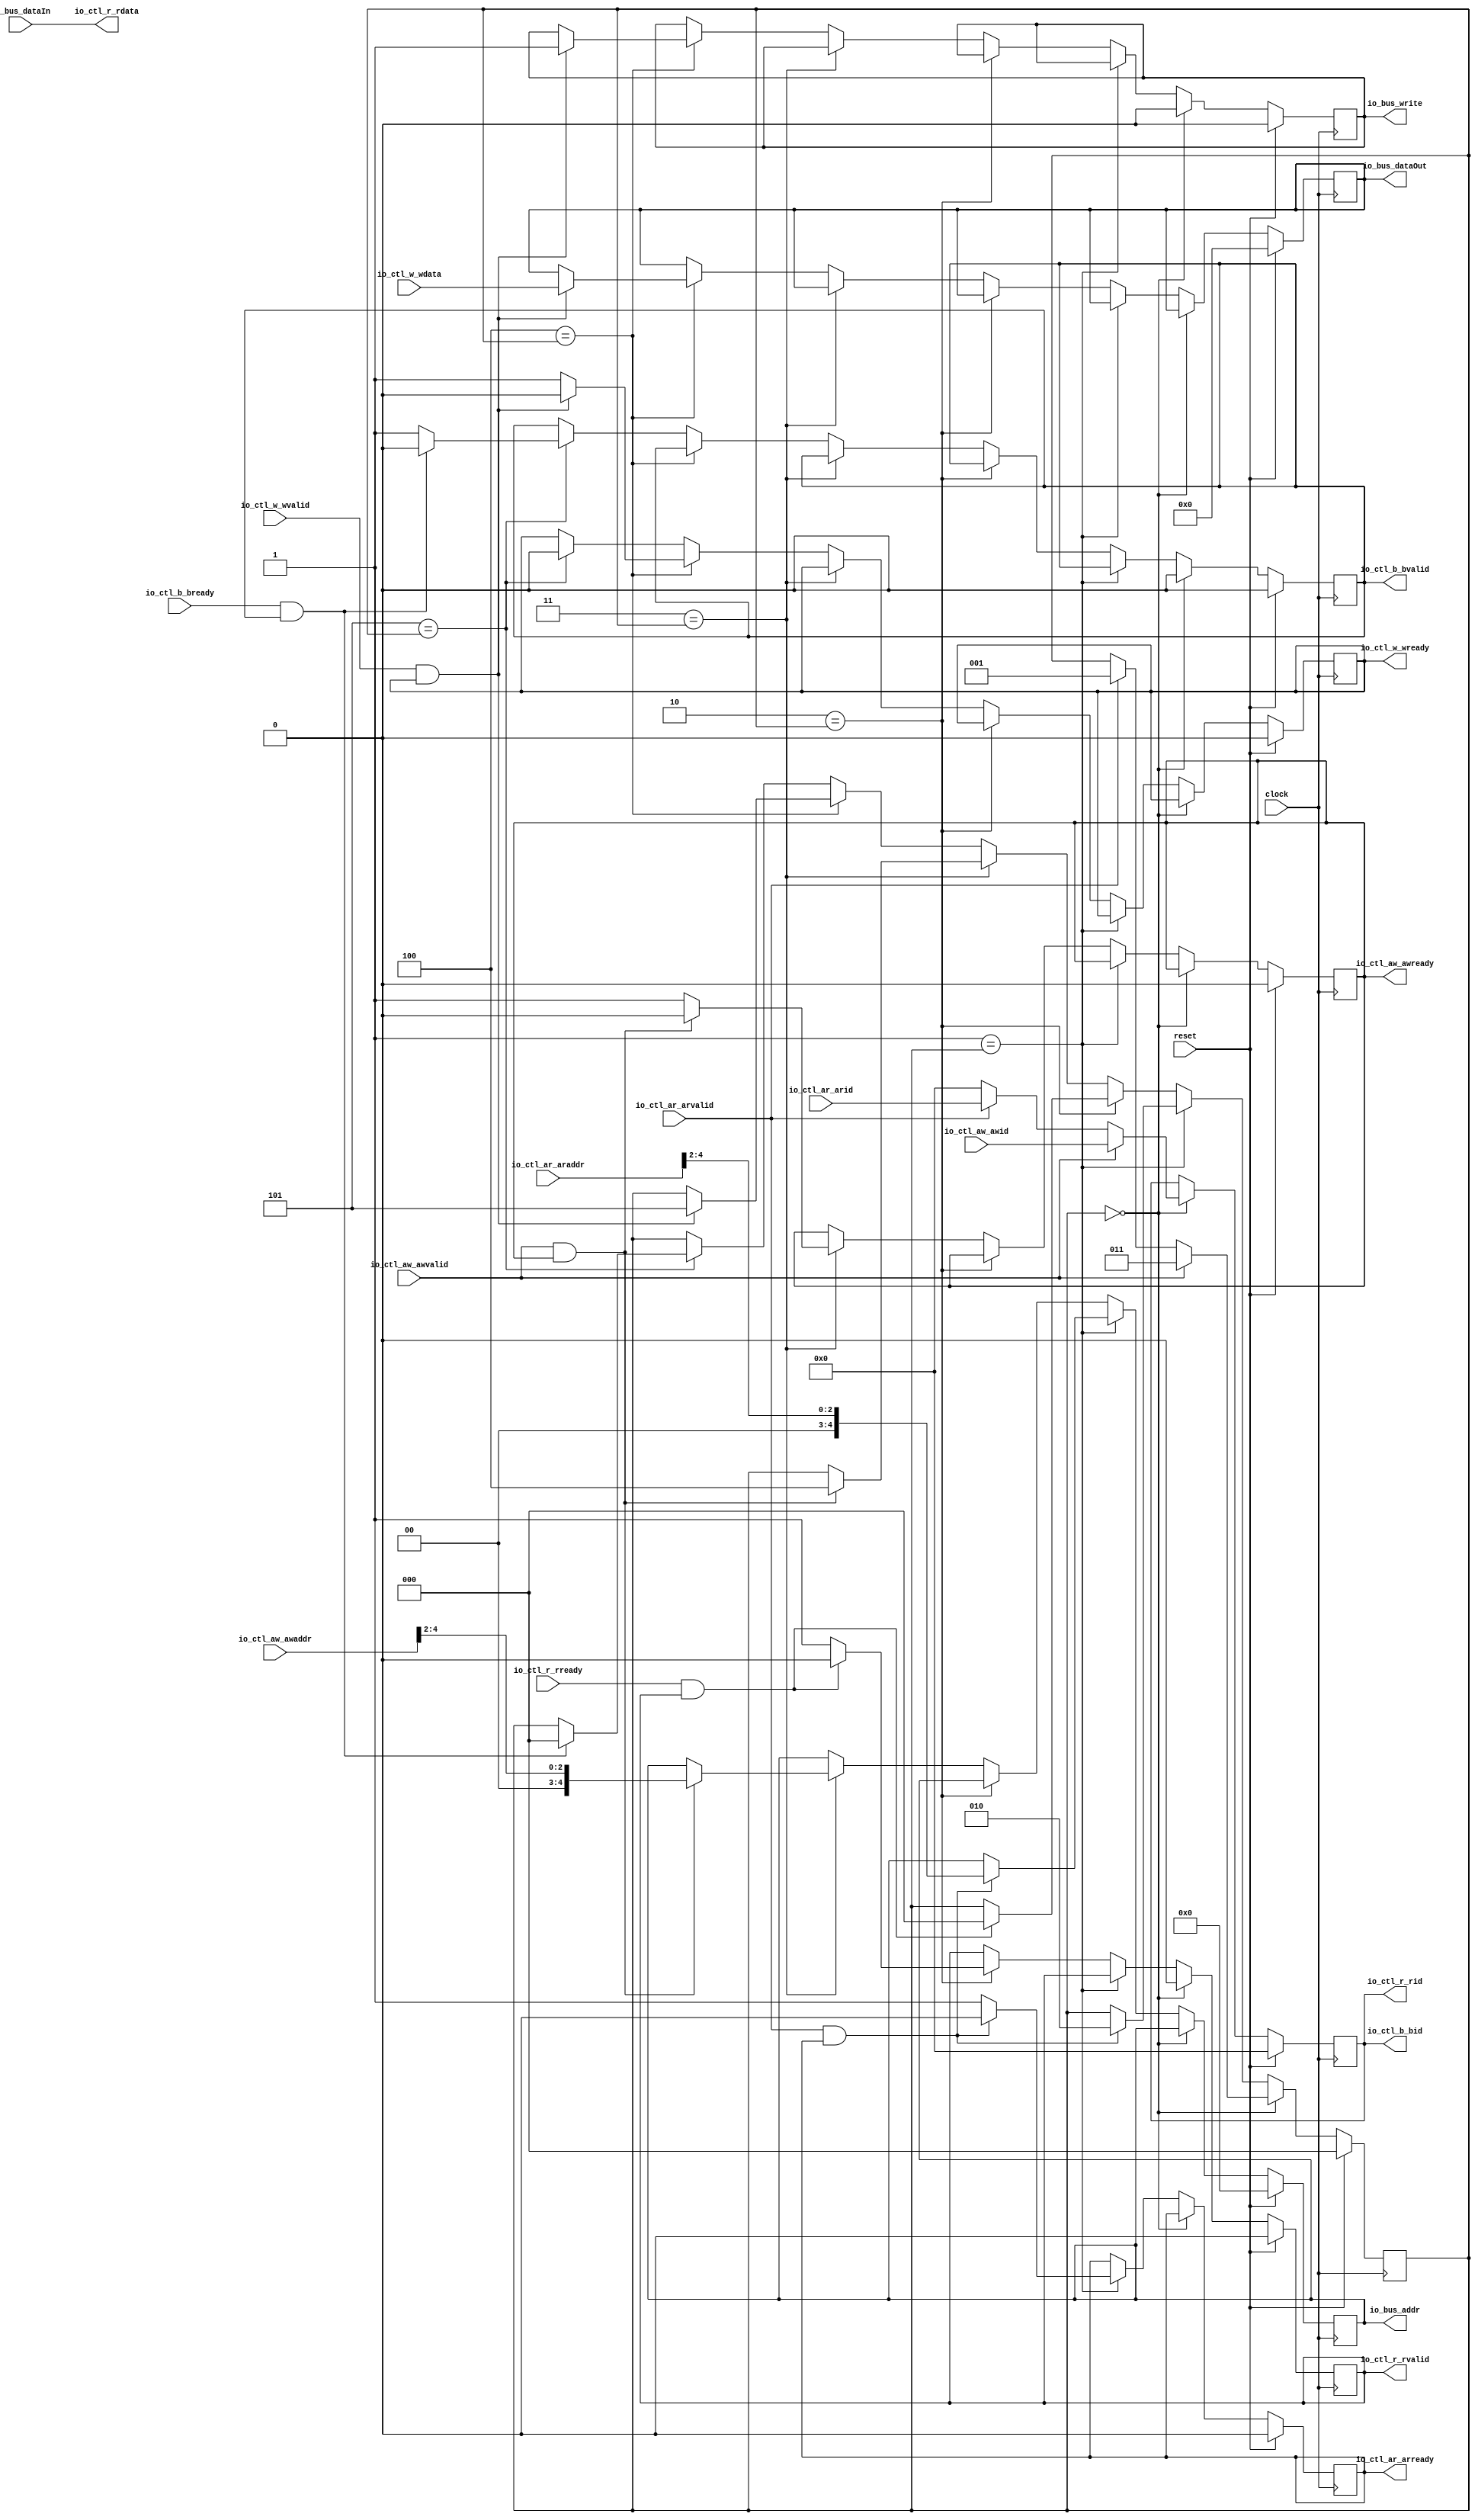
module AXI4LiteCSR( // @[:@3.2]
  input         clock, // @[:@4.4]
  input         reset, // @[:@5.4]
  input  [4:0]  io_ctl_aw_awaddr, // @[:@6.4]
  input         io_ctl_aw_awvalid, // @[:@6.4]
  output        io_ctl_aw_awready, // @[:@6.4]
  input  [11:0] io_ctl_aw_awid, // @[:@6.4]
  input  [31:0] io_ctl_w_wdata, // @[:@6.4]
  input         io_ctl_w_wvalid, // @[:@6.4]
  output        io_ctl_w_wready, // @[:@6.4]
  output        io_ctl_b_bvalid, // @[:@6.4]
  input         io_ctl_b_bready, // @[:@6.4]
  output [11:0] io_ctl_b_bid, // @[:@6.4]
  input  [4:0]  io_ctl_ar_araddr, // @[:@6.4]
  input         io_ctl_ar_arvalid, // @[:@6.4]
  output        io_ctl_ar_arready, // @[:@6.4]
  input  [11:0] io_ctl_ar_arid, // @[:@6.4]
  output [31:0] io_ctl_r_rdata, // @[:@6.4]
  output        io_ctl_r_rvalid, // @[:@6.4]
  input         io_ctl_r_rready, // @[:@6.4]
  output [11:0] io_ctl_r_rid, // @[:@6.4]
  output [4:0]  io_bus_addr, // @[:@6.4]
  output [31:0] io_bus_dataOut, // @[:@6.4]
  input  [31:0] io_bus_dataIn, // @[:@6.4]
  output        io_bus_write // @[:@6.4]
);
  reg [2:0] state; // @[AXI4LiteCSR.scala 36:22:@8.4]
  reg [31:0] _RAND_0;
  reg  awready; // @[AXI4LiteCSR.scala 38:24:@9.4]
  reg [31:0] _RAND_1;
  reg  wready; // @[AXI4LiteCSR.scala 39:23:@10.4]
  reg [31:0] _RAND_2;
  reg  bvalid; // @[AXI4LiteCSR.scala 40:23:@11.4]
  reg [31:0] _RAND_3;
  reg  arready; // @[AXI4LiteCSR.scala 43:24:@14.4]
  reg [31:0] _RAND_4;
  reg  rvalid; // @[AXI4LiteCSR.scala 44:23:@15.4]
  reg [31:0] _RAND_5;
  reg [4:0] addr; // @[AXI4LiteCSR.scala 47:21:@18.4]
  reg [31:0] _RAND_6;
  reg  write; // @[AXI4LiteCSR.scala 50:22:@20.4]
  reg [31:0] _RAND_7;
  reg [31:0] dataOut; // @[AXI4LiteCSR.scala 51:24:@21.4]
  reg [31:0] _RAND_8;
  reg [11:0] transaction_id; // @[AXI4LiteCSR.scala 53:31:@22.4]
  reg [31:0] _RAND_9;
  wire  _T_138; // @[Conditional.scala 37:30:@37.4]
  wire [2:0] _GEN_0; // @[AXI4LiteCSR.scala 83:36:@49.8]
  wire [11:0] _GEN_1; // @[AXI4LiteCSR.scala 83:36:@49.8]
  wire [2:0] _GEN_2; // @[AXI4LiteCSR.scala 80:30:@44.6]
  wire [11:0] _GEN_3; // @[AXI4LiteCSR.scala 80:30:@44.6]
  wire  _T_144; // @[Conditional.scala 37:30:@55.6]
  wire  _T_146; // @[AXI4LiteCSR.scala 90:30:@58.8]
  wire [2:0] _T_147; // @[AXI4LiteCSR.scala 92:33:@61.10]
  wire [2:0] _GEN_4; // @[AXI4LiteCSR.scala 90:41:@59.8]
  wire [4:0] _GEN_5; // @[AXI4LiteCSR.scala 90:41:@59.8]
  wire  _GEN_7; // @[AXI4LiteCSR.scala 90:41:@59.8]
  wire  _T_150; // @[Conditional.scala 37:30:@68.8]
  wire  _T_152; // @[AXI4LiteCSR.scala 99:28:@71.10]
  wire [2:0] _GEN_8; // @[AXI4LiteCSR.scala 99:38:@72.10]
  wire  _GEN_9; // @[AXI4LiteCSR.scala 99:38:@72.10]
  wire  _T_154; // @[Conditional.scala 37:30:@78.10]
  wire  _T_156; // @[AXI4LiteCSR.scala 106:30:@81.12]
  wire [2:0] _T_157; // @[AXI4LiteCSR.scala 107:33:@83.14]
  wire [4:0] _GEN_10; // @[AXI4LiteCSR.scala 106:41:@82.12]
  wire [2:0] _GEN_11; // @[AXI4LiteCSR.scala 106:41:@82.12]
  wire  _GEN_12; // @[AXI4LiteCSR.scala 106:41:@82.12]
  wire  _T_159; // @[Conditional.scala 37:30:@90.12]
  wire  _T_161; // @[AXI4LiteCSR.scala 114:28:@93.14]
  wire [2:0] _GEN_13; // @[AXI4LiteCSR.scala 114:38:@94.14]
  wire [31:0] _GEN_14; // @[AXI4LiteCSR.scala 114:38:@94.14]
  wire  _GEN_15; // @[AXI4LiteCSR.scala 114:38:@94.14]
  wire  _GEN_16; // @[AXI4LiteCSR.scala 114:38:@94.14]
  wire  _T_164; // @[Conditional.scala 37:30:@102.14]
  wire  _T_167; // @[AXI4LiteCSR.scala 124:28:@106.16]
  wire [2:0] _GEN_17; // @[AXI4LiteCSR.scala 124:38:@107.16]
  wire  _GEN_18; // @[AXI4LiteCSR.scala 124:38:@107.16]
  wire  _GEN_19; // @[Conditional.scala 39:67:@103.14]
  wire  _GEN_20; // @[Conditional.scala 39:67:@103.14]
  wire [2:0] _GEN_21; // @[Conditional.scala 39:67:@103.14]
  wire  _GEN_22; // @[Conditional.scala 39:67:@91.12]
  wire [2:0] _GEN_23; // @[Conditional.scala 39:67:@91.12]
  wire [31:0] _GEN_24; // @[Conditional.scala 39:67:@91.12]
  wire  _GEN_25; // @[Conditional.scala 39:67:@91.12]
  wire  _GEN_26; // @[Conditional.scala 39:67:@91.12]
  wire  _GEN_27; // @[Conditional.scala 39:67:@79.10]
  wire [4:0] _GEN_28; // @[Conditional.scala 39:67:@79.10]
  wire [2:0] _GEN_29; // @[Conditional.scala 39:67:@79.10]
  wire  _GEN_30; // @[Conditional.scala 39:67:@79.10]
  wire [31:0] _GEN_31; // @[Conditional.scala 39:67:@79.10]
  wire  _GEN_32; // @[Conditional.scala 39:67:@79.10]
  wire  _GEN_33; // @[Conditional.scala 39:67:@79.10]
  wire  _GEN_34; // @[Conditional.scala 39:67:@69.8]
  wire [2:0] _GEN_35; // @[Conditional.scala 39:67:@69.8]
  wire  _GEN_36; // @[Conditional.scala 39:67:@69.8]
  wire [4:0] _GEN_37; // @[Conditional.scala 39:67:@69.8]
  wire  _GEN_38; // @[Conditional.scala 39:67:@69.8]
  wire [31:0] _GEN_39; // @[Conditional.scala 39:67:@69.8]
  wire  _GEN_40; // @[Conditional.scala 39:67:@69.8]
  wire  _GEN_41; // @[Conditional.scala 39:67:@69.8]
  wire  _GEN_42; // @[Conditional.scala 39:67:@56.6]
  wire [2:0] _GEN_43; // @[Conditional.scala 39:67:@56.6]
  wire [4:0] _GEN_44; // @[Conditional.scala 39:67:@56.6]
  wire  _GEN_46; // @[Conditional.scala 39:67:@56.6]
  wire  _GEN_47; // @[Conditional.scala 39:67:@56.6]
  wire  _GEN_48; // @[Conditional.scala 39:67:@56.6]
  wire [31:0] _GEN_49; // @[Conditional.scala 39:67:@56.6]
  wire  _GEN_50; // @[Conditional.scala 39:67:@56.6]
  wire  _GEN_51; // @[Conditional.scala 39:67:@56.6]
  wire  _GEN_52; // @[Conditional.scala 40:58:@38.4]
  wire  _GEN_53; // @[Conditional.scala 40:58:@38.4]
  wire  _GEN_55; // @[Conditional.scala 40:58:@38.4]
  wire [11:0] _GEN_56; // @[Conditional.scala 40:58:@38.4]
  wire [2:0] _GEN_57; // @[Conditional.scala 40:58:@38.4]
  wire  _GEN_58; // @[Conditional.scala 40:58:@38.4]
  wire [4:0] _GEN_59; // @[Conditional.scala 40:58:@38.4]
  wire  _GEN_60; // @[Conditional.scala 40:58:@38.4]
  wire  _GEN_61; // @[Conditional.scala 40:58:@38.4]
  wire [31:0] _GEN_62; // @[Conditional.scala 40:58:@38.4]
  assign _T_138 = 3'h0 == state; // @[Conditional.scala 37:30:@37.4]
  assign _GEN_0 = io_ctl_ar_arvalid ? 3'h1 : state; // @[AXI4LiteCSR.scala 83:36:@49.8]
  assign _GEN_1 = io_ctl_ar_arvalid ? io_ctl_ar_arid : 12'h0; // @[AXI4LiteCSR.scala 83:36:@49.8]
  assign _GEN_2 = io_ctl_aw_awvalid ? 3'h3 : _GEN_0; // @[AXI4LiteCSR.scala 80:30:@44.6]
  assign _GEN_3 = io_ctl_aw_awvalid ? io_ctl_aw_awid : _GEN_1; // @[AXI4LiteCSR.scala 80:30:@44.6]
  assign _T_144 = 3'h1 == state; // @[Conditional.scala 37:30:@55.6]
  assign _T_146 = io_ctl_ar_arvalid & arready; // @[AXI4LiteCSR.scala 90:30:@58.8]
  assign _T_147 = io_ctl_ar_araddr[4:2]; // @[AXI4LiteCSR.scala 92:33:@61.10]
  assign _GEN_4 = _T_146 ? 3'h2 : state; // @[AXI4LiteCSR.scala 90:41:@59.8]
  assign _GEN_5 = _T_146 ? {{2'd0}, _T_147} : addr; // @[AXI4LiteCSR.scala 90:41:@59.8]
  assign _GEN_7 = _T_146 ? 1'h0 : 1'h1; // @[AXI4LiteCSR.scala 90:41:@59.8]
  assign _T_150 = 3'h2 == state; // @[Conditional.scala 37:30:@68.8]
  assign _T_152 = io_ctl_r_rready & rvalid; // @[AXI4LiteCSR.scala 99:28:@71.10]
  assign _GEN_8 = _T_152 ? 3'h0 : state; // @[AXI4LiteCSR.scala 99:38:@72.10]
  assign _GEN_9 = _T_152 ? 1'h0 : 1'h1; // @[AXI4LiteCSR.scala 99:38:@72.10]
  assign _T_154 = 3'h3 == state; // @[Conditional.scala 37:30:@78.10]
  assign _T_156 = io_ctl_aw_awvalid & awready; // @[AXI4LiteCSR.scala 106:30:@81.12]
  assign _T_157 = io_ctl_aw_awaddr[4:2]; // @[AXI4LiteCSR.scala 107:33:@83.14]
  assign _GEN_10 = _T_156 ? {{2'd0}, _T_157} : addr; // @[AXI4LiteCSR.scala 106:41:@82.12]
  assign _GEN_11 = _T_156 ? 3'h4 : state; // @[AXI4LiteCSR.scala 106:41:@82.12]
  assign _GEN_12 = _T_156 ? 1'h0 : 1'h1; // @[AXI4LiteCSR.scala 106:41:@82.12]
  assign _T_159 = 3'h4 == state; // @[Conditional.scala 37:30:@90.12]
  assign _T_161 = io_ctl_w_wvalid & wready; // @[AXI4LiteCSR.scala 114:28:@93.14]
  assign _GEN_13 = _T_161 ? 3'h5 : state; // @[AXI4LiteCSR.scala 114:38:@94.14]
  assign _GEN_14 = _T_161 ? io_ctl_w_wdata : dataOut; // @[AXI4LiteCSR.scala 114:38:@94.14]
  assign _GEN_15 = _T_161 ? 1'h1 : write; // @[AXI4LiteCSR.scala 114:38:@94.14]
  assign _GEN_16 = _T_161 ? 1'h0 : 1'h1; // @[AXI4LiteCSR.scala 114:38:@94.14]
  assign _T_164 = 3'h5 == state; // @[Conditional.scala 37:30:@102.14]
  assign _T_167 = io_ctl_b_bready & bvalid; // @[AXI4LiteCSR.scala 124:28:@106.16]
  assign _GEN_17 = _T_167 ? 3'h0 : state; // @[AXI4LiteCSR.scala 124:38:@107.16]
  assign _GEN_18 = _T_167 ? 1'h0 : 1'h1; // @[AXI4LiteCSR.scala 124:38:@107.16]
  assign _GEN_19 = _T_164 ? 1'h0 : wready; // @[Conditional.scala 39:67:@103.14]
  assign _GEN_20 = _T_164 ? _GEN_18 : bvalid; // @[Conditional.scala 39:67:@103.14]
  assign _GEN_21 = _T_164 ? _GEN_17 : state; // @[Conditional.scala 39:67:@103.14]
  assign _GEN_22 = _T_159 ? _GEN_16 : _GEN_19; // @[Conditional.scala 39:67:@91.12]
  assign _GEN_23 = _T_159 ? _GEN_13 : _GEN_21; // @[Conditional.scala 39:67:@91.12]
  assign _GEN_24 = _T_159 ? _GEN_14 : dataOut; // @[Conditional.scala 39:67:@91.12]
  assign _GEN_25 = _T_159 ? _GEN_15 : write; // @[Conditional.scala 39:67:@91.12]
  assign _GEN_26 = _T_159 ? bvalid : _GEN_20; // @[Conditional.scala 39:67:@91.12]
  assign _GEN_27 = _T_154 ? _GEN_12 : awready; // @[Conditional.scala 39:67:@79.10]
  assign _GEN_28 = _T_154 ? _GEN_10 : addr; // @[Conditional.scala 39:67:@79.10]
  assign _GEN_29 = _T_154 ? _GEN_11 : _GEN_23; // @[Conditional.scala 39:67:@79.10]
  assign _GEN_30 = _T_154 ? wready : _GEN_22; // @[Conditional.scala 39:67:@79.10]
  assign _GEN_31 = _T_154 ? dataOut : _GEN_24; // @[Conditional.scala 39:67:@79.10]
  assign _GEN_32 = _T_154 ? write : _GEN_25; // @[Conditional.scala 39:67:@79.10]
  assign _GEN_33 = _T_154 ? bvalid : _GEN_26; // @[Conditional.scala 39:67:@79.10]
  assign _GEN_34 = _T_150 ? _GEN_9 : rvalid; // @[Conditional.scala 39:67:@69.8]
  assign _GEN_35 = _T_150 ? _GEN_8 : _GEN_29; // @[Conditional.scala 39:67:@69.8]
  assign _GEN_36 = _T_150 ? awready : _GEN_27; // @[Conditional.scala 39:67:@69.8]
  assign _GEN_37 = _T_150 ? addr : _GEN_28; // @[Conditional.scala 39:67:@69.8]
  assign _GEN_38 = _T_150 ? wready : _GEN_30; // @[Conditional.scala 39:67:@69.8]
  assign _GEN_39 = _T_150 ? dataOut : _GEN_31; // @[Conditional.scala 39:67:@69.8]
  assign _GEN_40 = _T_150 ? write : _GEN_32; // @[Conditional.scala 39:67:@69.8]
  assign _GEN_41 = _T_150 ? bvalid : _GEN_33; // @[Conditional.scala 39:67:@69.8]
  assign _GEN_42 = _T_144 ? _GEN_7 : arready; // @[Conditional.scala 39:67:@56.6]
  assign _GEN_43 = _T_144 ? _GEN_4 : _GEN_35; // @[Conditional.scala 39:67:@56.6]
  assign _GEN_44 = _T_144 ? _GEN_5 : _GEN_37; // @[Conditional.scala 39:67:@56.6]
  assign _GEN_46 = _T_144 ? rvalid : _GEN_34; // @[Conditional.scala 39:67:@56.6]
  assign _GEN_47 = _T_144 ? awready : _GEN_36; // @[Conditional.scala 39:67:@56.6]
  assign _GEN_48 = _T_144 ? wready : _GEN_38; // @[Conditional.scala 39:67:@56.6]
  assign _GEN_49 = _T_144 ? dataOut : _GEN_39; // @[Conditional.scala 39:67:@56.6]
  assign _GEN_50 = _T_144 ? write : _GEN_40; // @[Conditional.scala 39:67:@56.6]
  assign _GEN_51 = _T_144 ? bvalid : _GEN_41; // @[Conditional.scala 39:67:@56.6]
  assign _GEN_52 = _T_138 ? 1'h0 : _GEN_46; // @[Conditional.scala 40:58:@38.4]
  assign _GEN_53 = _T_138 ? 1'h0 : _GEN_51; // @[Conditional.scala 40:58:@38.4]
  assign _GEN_55 = _T_138 ? 1'h0 : _GEN_50; // @[Conditional.scala 40:58:@38.4]
  assign _GEN_56 = _T_138 ? _GEN_3 : transaction_id; // @[Conditional.scala 40:58:@38.4]
  assign _GEN_57 = _T_138 ? _GEN_2 : _GEN_43; // @[Conditional.scala 40:58:@38.4]
  assign _GEN_58 = _T_138 ? arready : _GEN_42; // @[Conditional.scala 40:58:@38.4]
  assign _GEN_59 = _T_138 ? addr : _GEN_44; // @[Conditional.scala 40:58:@38.4]
  assign _GEN_60 = _T_138 ? awready : _GEN_47; // @[Conditional.scala 40:58:@38.4]
  assign _GEN_61 = _T_138 ? wready : _GEN_48; // @[Conditional.scala 40:58:@38.4]
  assign _GEN_62 = _T_138 ? dataOut : _GEN_49; // @[Conditional.scala 40:58:@38.4]
  assign io_ctl_aw_awready = awready; // @[AXI4LiteCSR.scala 59:21:@26.4]
  assign io_ctl_w_wready = wready; // @[AXI4LiteCSR.scala 60:19:@27.4]
  assign io_ctl_b_bvalid = bvalid; // @[AXI4LiteCSR.scala 61:19:@28.4]
  assign io_ctl_b_bid = transaction_id; // @[AXI4LiteCSR.scala 63:16:@30.4]
  assign io_ctl_ar_arready = arready; // @[AXI4LiteCSR.scala 65:21:@31.4]
  assign io_ctl_r_rdata = io_bus_dataIn; // @[AXI4LiteCSR.scala 55:18:@23.4]
  assign io_ctl_r_rvalid = rvalid; // @[AXI4LiteCSR.scala 66:19:@32.4]
  assign io_ctl_r_rid = transaction_id; // @[AXI4LiteCSR.scala 56:16:@24.4]
  assign io_bus_addr = addr; // @[AXI4LiteCSR.scala 71:15:@36.4]
  assign io_bus_dataOut = dataOut; // @[AXI4LiteCSR.scala 57:18:@25.4]
  assign io_bus_write = write; // @[AXI4LiteCSR.scala 70:16:@35.4]
`ifdef RANDOMIZE_GARBAGE_ASSIGN
`define RANDOMIZE
`endif
`ifdef RANDOMIZE_INVALID_ASSIGN
`define RANDOMIZE
`endif
`ifdef RANDOMIZE_REG_INIT
`define RANDOMIZE
`endif
`ifdef RANDOMIZE_MEM_INIT
`define RANDOMIZE
`endif
`ifndef RANDOM
`define RANDOM $random
`endif
`ifdef RANDOMIZE
  integer initvar;
  initial begin
    `ifdef INIT_RANDOM
      `INIT_RANDOM
    `endif
    `ifndef VERILATOR
      #0.002 begin end
    `endif
  `ifdef RANDOMIZE_REG_INIT
  _RAND_0 = {1{`RANDOM}};
  state = _RAND_0[2:0];
  `endif // RANDOMIZE_REG_INIT
  `ifdef RANDOMIZE_REG_INIT
  _RAND_1 = {1{`RANDOM}};
  awready = _RAND_1[0:0];
  `endif // RANDOMIZE_REG_INIT
  `ifdef RANDOMIZE_REG_INIT
  _RAND_2 = {1{`RANDOM}};
  wready = _RAND_2[0:0];
  `endif // RANDOMIZE_REG_INIT
  `ifdef RANDOMIZE_REG_INIT
  _RAND_3 = {1{`RANDOM}};
  bvalid = _RAND_3[0:0];
  `endif // RANDOMIZE_REG_INIT
  `ifdef RANDOMIZE_REG_INIT
  _RAND_4 = {1{`RANDOM}};
  arready = _RAND_4[0:0];
  `endif // RANDOMIZE_REG_INIT
  `ifdef RANDOMIZE_REG_INIT
  _RAND_5 = {1{`RANDOM}};
  rvalid = _RAND_5[0:0];
  `endif // RANDOMIZE_REG_INIT
  `ifdef RANDOMIZE_REG_INIT
  _RAND_6 = {1{`RANDOM}};
  addr = _RAND_6[4:0];
  `endif // RANDOMIZE_REG_INIT
  `ifdef RANDOMIZE_REG_INIT
  _RAND_7 = {1{`RANDOM}};
  write = _RAND_7[0:0];
  `endif // RANDOMIZE_REG_INIT
  `ifdef RANDOMIZE_REG_INIT
  _RAND_8 = {1{`RANDOM}};
  dataOut = _RAND_8[31:0];
  `endif // RANDOMIZE_REG_INIT
  `ifdef RANDOMIZE_REG_INIT
  _RAND_9 = {1{`RANDOM}};
  transaction_id = _RAND_9[11:0];
  `endif // RANDOMIZE_REG_INIT
  end
`endif // RANDOMIZE
  always @(posedge clock) begin
    if (reset) begin
      state <= 3'h0;
    end else begin
      if (_T_138) begin
        if (io_ctl_aw_awvalid) begin
          state <= 3'h3;
        end else begin
          if (io_ctl_ar_arvalid) begin
            state <= 3'h1;
          end
        end
      end else begin
        if (_T_144) begin
          if (_T_146) begin
            state <= 3'h2;
          end
        end else begin
          if (_T_150) begin
            if (_T_152) begin
              state <= 3'h0;
            end
          end else begin
            if (_T_154) begin
              if (_T_156) begin
                state <= 3'h4;
              end
            end else begin
              if (_T_159) begin
                if (_T_161) begin
                  state <= 3'h5;
                end
              end else begin
                if (_T_164) begin
                  if (_T_167) begin
                    state <= 3'h0;
                  end
                end
              end
            end
          end
        end
      end
    end
    if (reset) begin
      awready <= 1'h0;
    end else begin
      if (!(_T_138)) begin
        if (!(_T_144)) begin
          if (!(_T_150)) begin
            if (_T_154) begin
              if (_T_156) begin
                awready <= 1'h0;
              end else begin
                awready <= 1'h1;
              end
            end
          end
        end
      end
    end
    if (reset) begin
      wready <= 1'h0;
    end else begin
      if (!(_T_138)) begin
        if (!(_T_144)) begin
          if (!(_T_150)) begin
            if (!(_T_154)) begin
              if (_T_159) begin
                if (_T_161) begin
                  wready <= 1'h0;
                end else begin
                  wready <= 1'h1;
                end
              end else begin
                if (_T_164) begin
                  wready <= 1'h0;
                end
              end
            end
          end
        end
      end
    end
    if (reset) begin
      bvalid <= 1'h0;
    end else begin
      if (_T_138) begin
        bvalid <= 1'h0;
      end else begin
        if (!(_T_144)) begin
          if (!(_T_150)) begin
            if (!(_T_154)) begin
              if (!(_T_159)) begin
                if (_T_164) begin
                  if (_T_167) begin
                    bvalid <= 1'h0;
                  end else begin
                    bvalid <= 1'h1;
                  end
                end
              end
            end
          end
        end
      end
    end
    if (reset) begin
      arready <= 1'h0;
    end else begin
      if (!(_T_138)) begin
        if (_T_144) begin
          if (_T_146) begin
            arready <= 1'h0;
          end else begin
            arready <= 1'h1;
          end
        end
      end
    end
    if (reset) begin
      rvalid <= 1'h0;
    end else begin
      if (_T_138) begin
        rvalid <= 1'h0;
      end else begin
        if (!(_T_144)) begin
          if (_T_150) begin
            if (_T_152) begin
              rvalid <= 1'h0;
            end else begin
              rvalid <= 1'h1;
            end
          end
        end
      end
    end
    if (reset) begin
      addr <= 5'h0;
    end else begin
      if (!(_T_138)) begin
        if (_T_144) begin
          if (_T_146) begin
            addr <= {{2'd0}, _T_147};
          end
        end else begin
          if (!(_T_150)) begin
            if (_T_154) begin
              if (_T_156) begin
                addr <= {{2'd0}, _T_157};
              end
            end
          end
        end
      end
    end
    if (reset) begin
      write <= 1'h0;
    end else begin
      if (_T_138) begin
        write <= 1'h0;
      end else begin
        if (!(_T_144)) begin
          if (!(_T_150)) begin
            if (!(_T_154)) begin
              if (_T_159) begin
                if (_T_161) begin
                  write <= 1'h1;
                end
              end
            end
          end
        end
      end
    end
    if (reset) begin
      dataOut <= 32'h0;
    end else begin
      if (!(_T_138)) begin
        if (!(_T_144)) begin
          if (!(_T_150)) begin
            if (!(_T_154)) begin
              if (_T_159) begin
                if (_T_161) begin
                  dataOut <= io_ctl_w_wdata;
                end
              end
            end
          end
        end
      end
    end
    if (reset) begin
      transaction_id <= 12'h0;
    end else begin
      if (_T_138) begin
        if (io_ctl_aw_awvalid) begin
          transaction_id <= io_ctl_aw_awid;
        end else begin
          if (io_ctl_ar_arvalid) begin
            transaction_id <= io_ctl_ar_arid;
          end else begin
            transaction_id <= 12'h0;
          end
        end
      end
    end
  end
endmodule
module AxiPeriph( // @[:@113.2]
  input         clock, // @[:@114.4]
  input         reset, // @[:@115.4]
  input  [4:0]  io_axi_s0_aw_awaddr, // @[:@116.4]
  input  [2:0]  io_axi_s0_aw_awprot, // @[:@116.4]
  input         io_axi_s0_aw_awvalid, // @[:@116.4]
  output        io_axi_s0_aw_awready, // @[:@116.4]
  input  [11:0] io_axi_s0_aw_awid, // @[:@116.4]
  input  [31:0] io_axi_s0_w_wdata, // @[:@116.4]
  input  [3:0]  io_axi_s0_w_wstrb, // @[:@116.4]
  input         io_axi_s0_w_wvalid, // @[:@116.4]
  output        io_axi_s0_w_wready, // @[:@116.4]
  input  [11:0] io_axi_s0_w_wid, // @[:@116.4]
  output [1:0]  io_axi_s0_b_bresp, // @[:@116.4]
  output        io_axi_s0_b_bvalid, // @[:@116.4]
  input         io_axi_s0_b_bready, // @[:@116.4]
  output [11:0] io_axi_s0_b_bid, // @[:@116.4]
  input  [4:0]  io_axi_s0_ar_araddr, // @[:@116.4]
  input  [2:0]  io_axi_s0_ar_arprot, // @[:@116.4]
  input         io_axi_s0_ar_arvalid, // @[:@116.4]
  output        io_axi_s0_ar_arready, // @[:@116.4]
  input  [11:0] io_axi_s0_ar_arid, // @[:@116.4]
  output [31:0] io_axi_s0_r_rdata, // @[:@116.4]
  output [1:0]  io_axi_s0_r_rresp, // @[:@116.4]
  output        io_axi_s0_r_rvalid, // @[:@116.4]
  input         io_axi_s0_r_rready, // @[:@116.4]
  output [11:0] io_axi_s0_r_rid, // @[:@116.4]
  output [1:0]  io_leds, // @[:@116.4]
  output        io_irqOut // @[:@116.4]
);
  wire  slaveInterface_clock; // @[Axi.scala 37:32:@128.4]
  wire  slaveInterface_reset; // @[Axi.scala 37:32:@128.4]
  wire [4:0] slaveInterface_io_ctl_aw_awaddr; // @[Axi.scala 37:32:@128.4]
  wire  slaveInterface_io_ctl_aw_awvalid; // @[Axi.scala 37:32:@128.4]
  wire  slaveInterface_io_ctl_aw_awready; // @[Axi.scala 37:32:@128.4]
  wire [11:0] slaveInterface_io_ctl_aw_awid; // @[Axi.scala 37:32:@128.4]
  wire [31:0] slaveInterface_io_ctl_w_wdata; // @[Axi.scala 37:32:@128.4]
  wire  slaveInterface_io_ctl_w_wvalid; // @[Axi.scala 37:32:@128.4]
  wire  slaveInterface_io_ctl_w_wready; // @[Axi.scala 37:32:@128.4]
  wire  slaveInterface_io_ctl_b_bvalid; // @[Axi.scala 37:32:@128.4]
  wire  slaveInterface_io_ctl_b_bready; // @[Axi.scala 37:32:@128.4]
  wire [11:0] slaveInterface_io_ctl_b_bid; // @[Axi.scala 37:32:@128.4]
  wire [4:0] slaveInterface_io_ctl_ar_araddr; // @[Axi.scala 37:32:@128.4]
  wire  slaveInterface_io_ctl_ar_arvalid; // @[Axi.scala 37:32:@128.4]
  wire  slaveInterface_io_ctl_ar_arready; // @[Axi.scala 37:32:@128.4]
  wire [11:0] slaveInterface_io_ctl_ar_arid; // @[Axi.scala 37:32:@128.4]
  wire [31:0] slaveInterface_io_ctl_r_rdata; // @[Axi.scala 37:32:@128.4]
  wire  slaveInterface_io_ctl_r_rvalid; // @[Axi.scala 37:32:@128.4]
  wire  slaveInterface_io_ctl_r_rready; // @[Axi.scala 37:32:@128.4]
  wire [11:0] slaveInterface_io_ctl_r_rid; // @[Axi.scala 37:32:@128.4]
  wire [4:0] slaveInterface_io_bus_addr; // @[Axi.scala 37:32:@128.4]
  wire [31:0] slaveInterface_io_bus_dataOut; // @[Axi.scala 37:32:@128.4]
  wire [31:0] slaveInterface_io_bus_dataIn; // @[Axi.scala 37:32:@128.4]
  wire  slaveInterface_io_bus_write; // @[Axi.scala 37:32:@128.4]
  reg [31:0] regs_0; // @[Axi.scala 36:23:@127.4]
  reg [31:0] _RAND_0;
  reg [31:0] regs_1; // @[Axi.scala 36:23:@127.4]
  reg [31:0] _RAND_1;
  reg [31:0] regs_2; // @[Axi.scala 36:23:@127.4]
  reg [31:0] _RAND_2;
  reg [31:0] regs_3; // @[Axi.scala 36:23:@127.4]
  reg [31:0] _RAND_3;
  reg [31:0] regs_4; // @[Axi.scala 36:23:@127.4]
  reg [31:0] _RAND_4;
  reg [31:0] regs_5; // @[Axi.scala 36:23:@127.4]
  reg [31:0] _RAND_5;
  reg [31:0] regs_6; // @[Axi.scala 36:23:@127.4]
  reg [31:0] _RAND_6;
  reg [31:0] regs_7; // @[Axi.scala 36:23:@127.4]
  reg [31:0] _RAND_7;
  wire [2:0] _T_182; // @[:@160.6]
  wire [31:0] _regs_T_182; // @[Axi.scala 47:40:@161.6 Axi.scala 47:40:@161.6]
  wire [31:0] _GEN_0; // @[Axi.scala 47:40:@161.6]
  wire [31:0] _GEN_1; // @[Axi.scala 47:40:@161.6]
  wire [31:0] _GEN_2; // @[Axi.scala 47:40:@161.6]
  wire [31:0] _GEN_3; // @[Axi.scala 47:40:@161.6]
  wire [31:0] _GEN_4; // @[Axi.scala 47:40:@161.6]
  wire [31:0] _GEN_5; // @[Axi.scala 47:40:@161.6]
  wire [31:0] _GEN_6; // @[Axi.scala 47:40:@161.6]
  wire [31:0] _GEN_7; // @[Axi.scala 47:40:@161.6]
  wire [31:0] _GEN_8; // @[Axi.scala 46:39:@159.4]
  wire [31:0] _GEN_9; // @[Axi.scala 46:39:@159.4]
  wire [31:0] _GEN_10; // @[Axi.scala 46:39:@159.4]
  wire [31:0] _GEN_11; // @[Axi.scala 46:39:@159.4]
  wire [31:0] _GEN_12; // @[Axi.scala 46:39:@159.4]
  wire [31:0] _GEN_13; // @[Axi.scala 46:39:@159.4]
  wire [31:0] _GEN_14; // @[Axi.scala 46:39:@159.4]
  wire [31:0] _GEN_15; // @[Axi.scala 46:39:@159.4]
  wire [31:0] _GEN_17; // @[Axi.scala 50:34:@164.4]
  wire [31:0] _GEN_18; // @[Axi.scala 50:34:@164.4]
  wire [31:0] _GEN_19; // @[Axi.scala 50:34:@164.4]
  wire [31:0] _GEN_20; // @[Axi.scala 50:34:@164.4]
  wire [31:0] _GEN_21; // @[Axi.scala 50:34:@164.4]
  wire [31:0] _GEN_22; // @[Axi.scala 50:34:@164.4]
  AXI4LiteCSR slaveInterface ( // @[Axi.scala 37:32:@128.4]
    .clock(slaveInterface_clock),
    .reset(slaveInterface_reset),
    .io_ctl_aw_awaddr(slaveInterface_io_ctl_aw_awaddr),
    .io_ctl_aw_awvalid(slaveInterface_io_ctl_aw_awvalid),
    .io_ctl_aw_awready(slaveInterface_io_ctl_aw_awready),
    .io_ctl_aw_awid(slaveInterface_io_ctl_aw_awid),
    .io_ctl_w_wdata(slaveInterface_io_ctl_w_wdata),
    .io_ctl_w_wvalid(slaveInterface_io_ctl_w_wvalid),
    .io_ctl_w_wready(slaveInterface_io_ctl_w_wready),
    .io_ctl_b_bvalid(slaveInterface_io_ctl_b_bvalid),
    .io_ctl_b_bready(slaveInterface_io_ctl_b_bready),
    .io_ctl_b_bid(slaveInterface_io_ctl_b_bid),
    .io_ctl_ar_araddr(slaveInterface_io_ctl_ar_araddr),
    .io_ctl_ar_arvalid(slaveInterface_io_ctl_ar_arvalid),
    .io_ctl_ar_arready(slaveInterface_io_ctl_ar_arready),
    .io_ctl_ar_arid(slaveInterface_io_ctl_ar_arid),
    .io_ctl_r_rdata(slaveInterface_io_ctl_r_rdata),
    .io_ctl_r_rvalid(slaveInterface_io_ctl_r_rvalid),
    .io_ctl_r_rready(slaveInterface_io_ctl_r_rready),
    .io_ctl_r_rid(slaveInterface_io_ctl_r_rid),
    .io_bus_addr(slaveInterface_io_bus_addr),
    .io_bus_dataOut(slaveInterface_io_bus_dataOut),
    .io_bus_dataIn(slaveInterface_io_bus_dataIn),
    .io_bus_write(slaveInterface_io_bus_write)
  );
  assign _T_182 = slaveInterface_io_bus_addr[2:0]; // @[:@160.6]
  assign _regs_T_182 = slaveInterface_io_bus_dataOut; // @[Axi.scala 47:40:@161.6 Axi.scala 47:40:@161.6]
  assign _GEN_0 = 3'h0 == _T_182 ? _regs_T_182 : regs_0; // @[Axi.scala 47:40:@161.6]
  assign _GEN_1 = 3'h1 == _T_182 ? _regs_T_182 : regs_1; // @[Axi.scala 47:40:@161.6]
  assign _GEN_2 = 3'h2 == _T_182 ? _regs_T_182 : regs_2; // @[Axi.scala 47:40:@161.6]
  assign _GEN_3 = 3'h3 == _T_182 ? _regs_T_182 : regs_3; // @[Axi.scala 47:40:@161.6]
  assign _GEN_4 = 3'h4 == _T_182 ? _regs_T_182 : regs_4; // @[Axi.scala 47:40:@161.6]
  assign _GEN_5 = 3'h5 == _T_182 ? _regs_T_182 : regs_5; // @[Axi.scala 47:40:@161.6]
  assign _GEN_6 = 3'h6 == _T_182 ? _regs_T_182 : regs_6; // @[Axi.scala 47:40:@161.6]
  assign _GEN_7 = 3'h7 == _T_182 ? _regs_T_182 : regs_7; // @[Axi.scala 47:40:@161.6]
  assign _GEN_8 = slaveInterface_io_bus_write ? _GEN_0 : regs_0; // @[Axi.scala 46:39:@159.4]
  assign _GEN_9 = slaveInterface_io_bus_write ? _GEN_1 : regs_1; // @[Axi.scala 46:39:@159.4]
  assign _GEN_10 = slaveInterface_io_bus_write ? _GEN_2 : regs_2; // @[Axi.scala 46:39:@159.4]
  assign _GEN_11 = slaveInterface_io_bus_write ? _GEN_3 : regs_3; // @[Axi.scala 46:39:@159.4]
  assign _GEN_12 = slaveInterface_io_bus_write ? _GEN_4 : regs_4; // @[Axi.scala 46:39:@159.4]
  assign _GEN_13 = slaveInterface_io_bus_write ? _GEN_5 : regs_5; // @[Axi.scala 46:39:@159.4]
  assign _GEN_14 = slaveInterface_io_bus_write ? _GEN_6 : regs_6; // @[Axi.scala 46:39:@159.4]
  assign _GEN_15 = slaveInterface_io_bus_write ? _GEN_7 : regs_7; // @[Axi.scala 46:39:@159.4]
  assign _GEN_17 = 3'h1 == _T_182 ? regs_1 : regs_0; // @[Axi.scala 50:34:@164.4]
  assign _GEN_18 = 3'h2 == _T_182 ? regs_2 : _GEN_17; // @[Axi.scala 50:34:@164.4]
  assign _GEN_19 = 3'h3 == _T_182 ? regs_3 : _GEN_18; // @[Axi.scala 50:34:@164.4]
  assign _GEN_20 = 3'h4 == _T_182 ? regs_4 : _GEN_19; // @[Axi.scala 50:34:@164.4]
  assign _GEN_21 = 3'h5 == _T_182 ? regs_5 : _GEN_20; // @[Axi.scala 50:34:@164.4]
  assign _GEN_22 = 3'h6 == _T_182 ? regs_6 : _GEN_21; // @[Axi.scala 50:34:@164.4]
  assign io_axi_s0_aw_awready = slaveInterface_io_ctl_aw_awready; // @[Axi.scala 42:27:@153.4]
  assign io_axi_s0_w_wready = slaveInterface_io_ctl_w_wready; // @[Axi.scala 42:27:@148.4]
  assign io_axi_s0_b_bresp = 2'h0; // @[Axi.scala 42:27:@146.4]
  assign io_axi_s0_b_bvalid = slaveInterface_io_ctl_b_bvalid; // @[Axi.scala 42:27:@145.4]
  assign io_axi_s0_b_bid = slaveInterface_io_ctl_b_bid; // @[Axi.scala 42:27:@143.4]
  assign io_axi_s0_ar_arready = slaveInterface_io_ctl_ar_arready; // @[Axi.scala 42:27:@139.4]
  assign io_axi_s0_r_rdata = slaveInterface_io_ctl_r_rdata; // @[Axi.scala 42:27:@137.4]
  assign io_axi_s0_r_rresp = 2'h0; // @[Axi.scala 42:27:@136.4]
  assign io_axi_s0_r_rvalid = slaveInterface_io_ctl_r_rvalid; // @[Axi.scala 42:27:@135.4]
  assign io_axi_s0_r_rid = slaveInterface_io_ctl_r_rid; // @[Axi.scala 42:27:@133.4]
  assign io_leds = regs_0[1:0]; // @[Axi.scala 43:13:@158.4]
  assign io_irqOut = regs_0[4]; // @[Axi.scala 39:15:@132.4]
  assign slaveInterface_clock = clock; // @[:@129.4]
  assign slaveInterface_reset = reset; // @[:@130.4]
  assign slaveInterface_io_ctl_aw_awaddr = io_axi_s0_aw_awaddr; // @[Axi.scala 42:27:@156.4]
  assign slaveInterface_io_ctl_aw_awvalid = io_axi_s0_aw_awvalid; // @[Axi.scala 42:27:@154.4]
  assign slaveInterface_io_ctl_aw_awid = io_axi_s0_aw_awid; // @[Axi.scala 42:27:@152.4]
  assign slaveInterface_io_ctl_w_wdata = io_axi_s0_w_wdata; // @[Axi.scala 42:27:@151.4]
  assign slaveInterface_io_ctl_w_wvalid = io_axi_s0_w_wvalid; // @[Axi.scala 42:27:@149.4]
  assign slaveInterface_io_ctl_b_bready = io_axi_s0_b_bready; // @[Axi.scala 42:27:@144.4]
  assign slaveInterface_io_ctl_ar_araddr = io_axi_s0_ar_araddr; // @[Axi.scala 42:27:@142.4]
  assign slaveInterface_io_ctl_ar_arvalid = io_axi_s0_ar_arvalid; // @[Axi.scala 42:27:@140.4]
  assign slaveInterface_io_ctl_ar_arid = io_axi_s0_ar_arid; // @[Axi.scala 42:27:@138.4]
  assign slaveInterface_io_ctl_r_rready = io_axi_s0_r_rready; // @[Axi.scala 42:27:@134.4]
  assign slaveInterface_io_bus_dataIn = 3'h7 == _T_182 ? regs_7 : _GEN_22; // @[Axi.scala 50:34:@164.4]
`ifdef RANDOMIZE_GARBAGE_ASSIGN
`define RANDOMIZE
`endif
`ifdef RANDOMIZE_INVALID_ASSIGN
`define RANDOMIZE
`endif
`ifdef RANDOMIZE_REG_INIT
`define RANDOMIZE
`endif
`ifdef RANDOMIZE_MEM_INIT
`define RANDOMIZE
`endif
`ifndef RANDOM
`define RANDOM $random
`endif
`ifdef RANDOMIZE
  integer initvar;
  initial begin
    `ifdef INIT_RANDOM
      `INIT_RANDOM
    `endif
    `ifndef VERILATOR
      #0.002 begin end
    `endif
  `ifdef RANDOMIZE_REG_INIT
  _RAND_0 = {1{`RANDOM}};
  regs_0 = _RAND_0[31:0];
  `endif // RANDOMIZE_REG_INIT
  `ifdef RANDOMIZE_REG_INIT
  _RAND_1 = {1{`RANDOM}};
  regs_1 = _RAND_1[31:0];
  `endif // RANDOMIZE_REG_INIT
  `ifdef RANDOMIZE_REG_INIT
  _RAND_2 = {1{`RANDOM}};
  regs_2 = _RAND_2[31:0];
  `endif // RANDOMIZE_REG_INIT
  `ifdef RANDOMIZE_REG_INIT
  _RAND_3 = {1{`RANDOM}};
  regs_3 = _RAND_3[31:0];
  `endif // RANDOMIZE_REG_INIT
  `ifdef RANDOMIZE_REG_INIT
  _RAND_4 = {1{`RANDOM}};
  regs_4 = _RAND_4[31:0];
  `endif // RANDOMIZE_REG_INIT
  `ifdef RANDOMIZE_REG_INIT
  _RAND_5 = {1{`RANDOM}};
  regs_5 = _RAND_5[31:0];
  `endif // RANDOMIZE_REG_INIT
  `ifdef RANDOMIZE_REG_INIT
  _RAND_6 = {1{`RANDOM}};
  regs_6 = _RAND_6[31:0];
  `endif // RANDOMIZE_REG_INIT
  `ifdef RANDOMIZE_REG_INIT
  _RAND_7 = {1{`RANDOM}};
  regs_7 = _RAND_7[31:0];
  `endif // RANDOMIZE_REG_INIT
  end
`endif // RANDOMIZE
  always @(posedge clock) begin
    if (reset) begin
      regs_0 <= 32'h0;
    end else begin
      if (slaveInterface_io_bus_write) begin
        if (3'h0 == _T_182) begin
          regs_0 <= _regs_T_182;
        end
      end
    end
    if (reset) begin
      regs_1 <= 32'h0;
    end else begin
      if (slaveInterface_io_bus_write) begin
        if (3'h1 == _T_182) begin
          regs_1 <= _regs_T_182;
        end
      end
    end
    if (reset) begin
      regs_2 <= 32'h0;
    end else begin
      if (slaveInterface_io_bus_write) begin
        if (3'h2 == _T_182) begin
          regs_2 <= _regs_T_182;
        end
      end
    end
    if (reset) begin
      regs_3 <= 32'h0;
    end else begin
      if (slaveInterface_io_bus_write) begin
        if (3'h3 == _T_182) begin
          regs_3 <= _regs_T_182;
        end
      end
    end
    if (reset) begin
      regs_4 <= 32'h0;
    end else begin
      if (slaveInterface_io_bus_write) begin
        if (3'h4 == _T_182) begin
          regs_4 <= _regs_T_182;
        end
      end
    end
    if (reset) begin
      regs_5 <= 32'h0;
    end else begin
      if (slaveInterface_io_bus_write) begin
        if (3'h5 == _T_182) begin
          regs_5 <= _regs_T_182;
        end
      end
    end
    if (reset) begin
      regs_6 <= 32'h0;
    end else begin
      if (slaveInterface_io_bus_write) begin
        if (3'h6 == _T_182) begin
          regs_6 <= _regs_T_182;
        end
      end
    end
    if (reset) begin
      regs_7 <= 32'h0;
    end else begin
      if (slaveInterface_io_bus_write) begin
        if (3'h7 == _T_182) begin
          regs_7 <= _regs_T_182;
        end
      end
    end
  end
endmodule